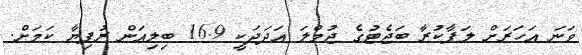
ވަނަ އަހަރަށް ލަފާކުރާ ބަޖެޓުގެ ޖުމްލަ އަދަދަކީ 16.9 ބިލިއަން ރުފިޔާ ކަމަށް.